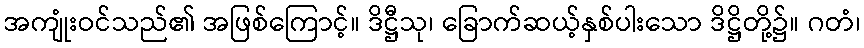
အကျုံးဝင်သည်၏ အဖြစ်ကြောင့်။ ဒိဋ္ဌီသု၊ ခြောက်ဆယ့်နှစ်ပါးသော ဒိဋ္ဌိတို့၌။ ဂတံ၊